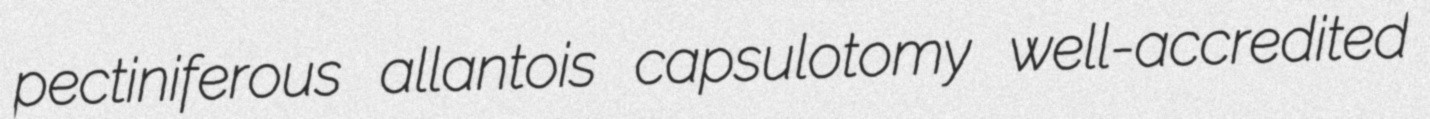
pectiniferous allantois capsulotomy well-accredited